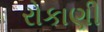
રોકાણી